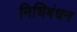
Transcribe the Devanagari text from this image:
निधिबंधन